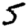
Digit: 5